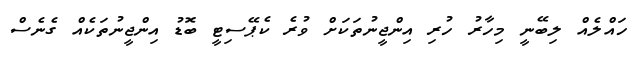
ހައްލެއް ލިބޭނީ މިހާރު ހުރި އިންޖީނުތަކަށް ވުރެ ކެޕޭސިޓީ ބޮޑު އިންޖީނުތަކެއް ގެނެސް